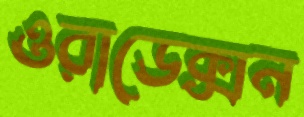
ওরাডেক্সন